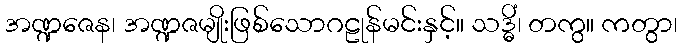
အဏ္ဍဇေန၊ အဏ္ဍဇမျိုးဖြစ်သောဂဠုန်မင်းနှင့်။ သဒ္ဓိံ၊ တကွ။ ကတွာ၊